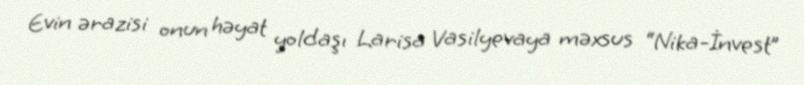
Evin ərazisi onun həyat yoldaşı Larisa Vasilyevaya məxsus “Nika-İnvest”